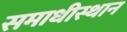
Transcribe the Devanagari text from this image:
समाधीस्थान